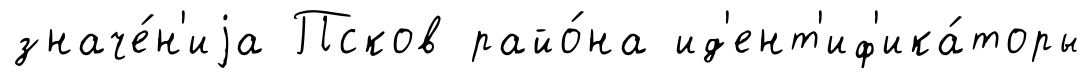
значе́н'иjа Псков райо́на ид'ент'иф'ика́торы